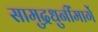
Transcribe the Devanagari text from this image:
सामुद्रधुनींमार्गे